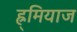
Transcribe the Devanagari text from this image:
ह्र्मियाज